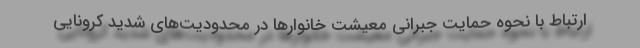
ارتباط با نحوه حمایت جبرانی معیشت خانوارها در محدودیت‌های شدید کرونایی